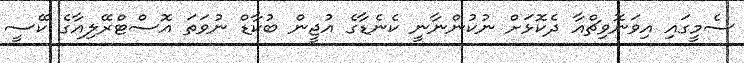
ސެމީގައި އިވަނޮވިޗްއާ ދެކޮޅަށް ނުކުންނާނީ ކެނެޑާގެ އުޖީން ބުކާޑް ނުވަތަ އޮސްޓްރޭލިއާގެ ކޭސީ